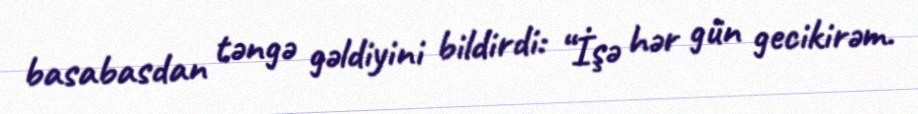
basabasdan təngə gəldiyini bildirdi: “İşə hər gün gecikirəm.